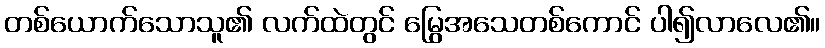
တစ်ယောက်သောသူ၏ လက်ထဲတွင် မြွေအသေတစ်ကောင် ပါ၍လာလေ၏။